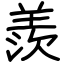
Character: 羨